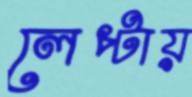
লেপ্‌টায়